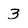
Character: 3